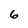
Character: 6